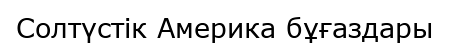
Солтүстік Америка бұғаздары